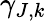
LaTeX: \gamma_{J,k}